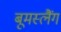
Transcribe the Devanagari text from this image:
बूमस्लैंग